Scottish Leaving Certificate Examination, 1961
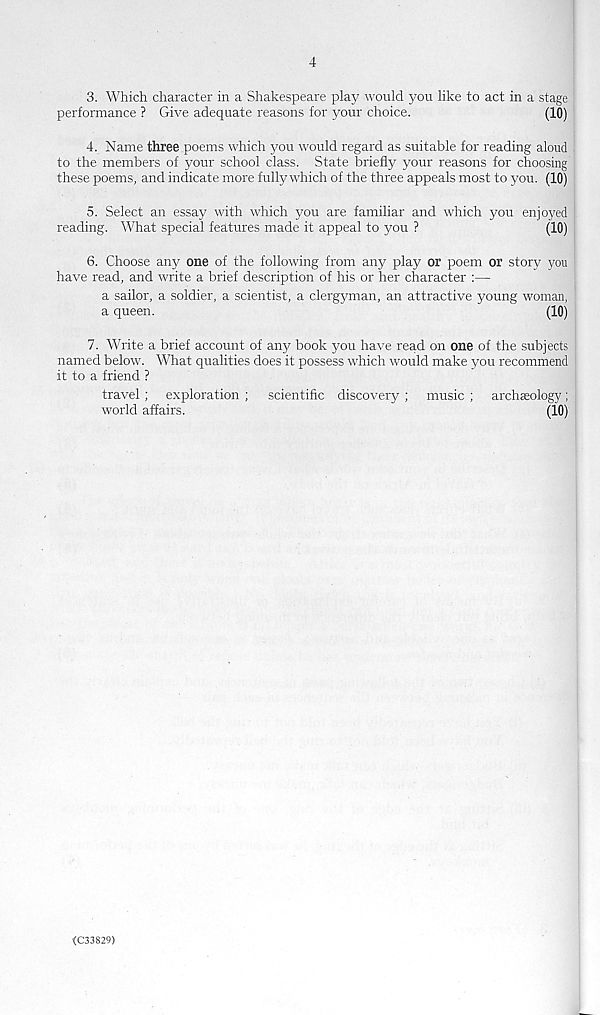
4
3. Which character in a Shakespeare play would you like to act in a stage
performance ? Give adequate reasons for your choice.
(10)
4. Name three poems which you would regard as suitable for reading aloud
to the members of your school class. State briefly your reasons for choosing
these poems, and indicate more fully which of the three appeals most to you. (10)
5. Select an essay with which you are familiar and which you enjoyed
reading. What special features made it appeal to you ?
(10)
6. Choose any one of the following from any play or poem or story you
have read, and write a brief description of his or her character :—
a sailor, a soldier, a scientist, a clergyman, an attractive young woman,
a queen.
(10)
7. Write a brief account of any book you have read on one of the subjects
named below. What qualities does it possess which would make you recommend
it to a friend ?
travel; exploration ; scientific discovery ; music ; archaeology;
world affairs.
(10)
<C33829)